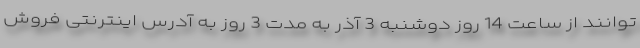
توانند از ساعت 14 روز دوشنبه 3 آذر به مدت 3 روز به آدرس اینترنتی فروش